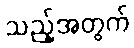
သည့်အတွက်